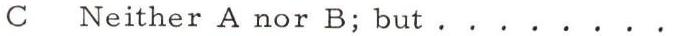
C Neither A nor B; but........